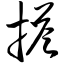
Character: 搭